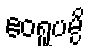
ဧဝရူပမ္ပိ